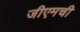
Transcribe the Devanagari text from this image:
जीएमची